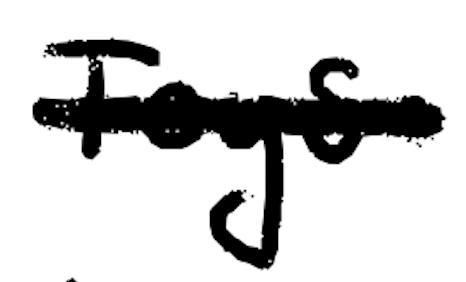
Text: Toys
Cross-out: single-line
Writing tool: digital_black